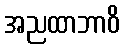
အညထာဘာဝိ